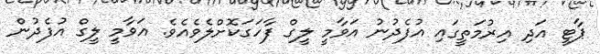
ޕާޓީ އަދި އިރުމަތީގައި އުފެދުނު އަވާމީ ލީގް ފާހަގަކޮށްލެވެއެވެ. އަވާމީ ލީގް އުފެދުން